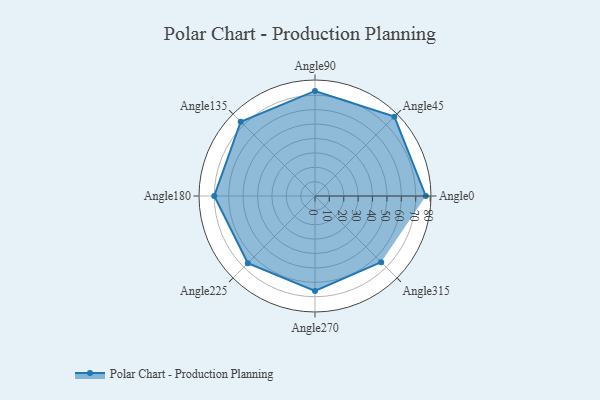
{"axis": {"x": "Angle", "y": "Radius"}, "legend": [""], "data": [{"x": "Angle0", "y": 77.0, "type": ""}, {"x": "Angle45", "y": 78.0, "type": ""}, {"x": "Angle90", "y": 73.0, "type": ""}, {"x": "Angle135", "y": 73.0, "type": ""}, {"x": "Angle180", "y": 70.0, "type": ""}, {"x": "Angle225", "y": 66.0, "type": ""}, {"x": "Angle270", "y": 66.0, "type": ""}, {"x": "Angle315", "y": 65.0, "type": ""}]}